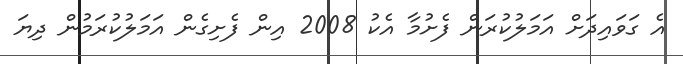
އެ ގަވައިދަށް އަމަލުކުރަން ފެށުމާ އެކު 2008 އިން ފެށިގެން އަމަލުކުރަމުން ދިޔަ